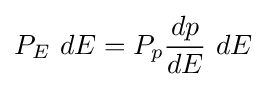
P_{E}~dE=P_{p}{\frac {dp}{dE}}~dE